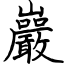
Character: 巖